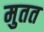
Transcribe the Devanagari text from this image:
मुतत